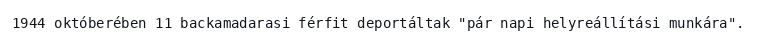
1944 októberében 11 backamadarasi férfit deportáltak "pár napi helyreállítási munkára".